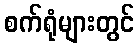
စက်ရုံများတွင်